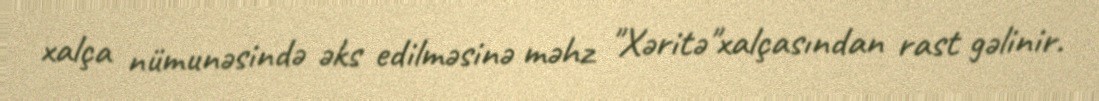
xalça nümunəsində əks edilməsinə məhz "Xəritə"xalçasından rast gəlinir.